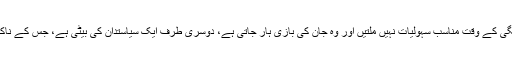
ایک طرف ایک غریب ووٹر کی بیٹی ہے، جسے زچگی کے وقت مناسب سہولیات نہیں ملتیں اور وہ جان کی بازی ہار جاتی ہے، دوسری طرف ایک سیاستدان کی بیٹی ہے، جس کے ناک کے بیوٹی آپریشن کا خرچ بھی حکومت اٹھاتی ہے۔